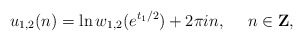
\begin{align*}u_{1,2}(n) = \ln w_{1,2}(e^{t_1/2}) +2\pi in,~~~~n \in {\bf Z},\end{align*}